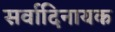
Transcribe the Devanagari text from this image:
सर्वादिनायक